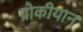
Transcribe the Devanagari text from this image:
प्रोकीयान